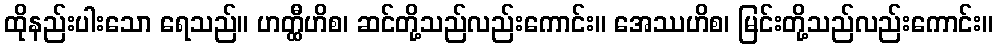
ထိုနည်းပါးသော ရေသည်။ ဟတ္ထီဟိစ၊ ဆင်တို့သည်လည်းကောင်း။ အေဿဟိစ၊ မြင်းတို့သည်လည်းကောင်း။